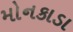
મોનકાડા